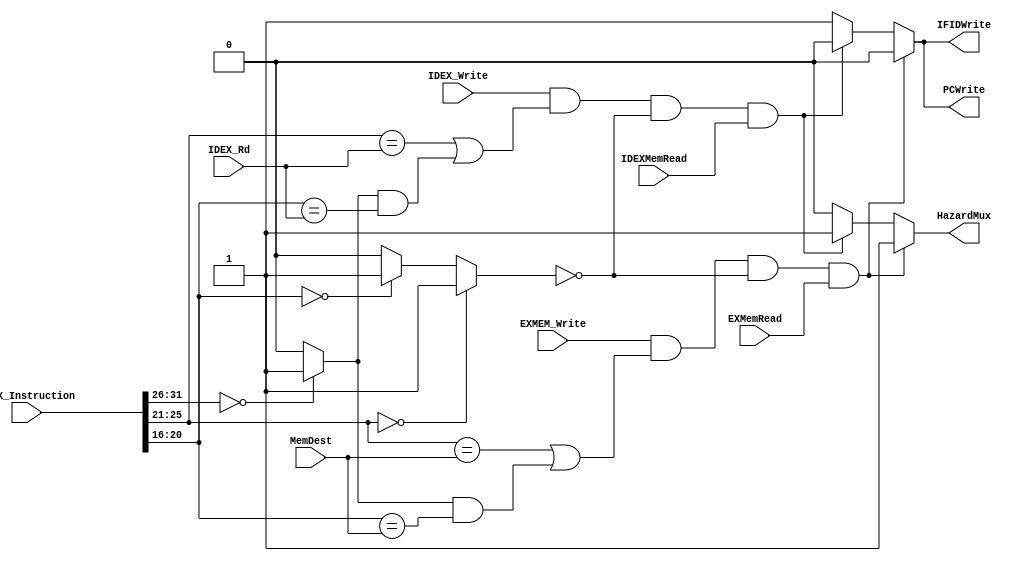
module hazardunit(IDEX_Instruction, IDEX_Rd, MemDest,IDEX_Write, EXMemRead, IDEXMemRead, EXMEM_Write, IFIDWrite,PCWrite,HazardMux);

    input [31:0] IDEX_Instruction;
    //input [4:0] IFID_Rs, IFID_Rt,
    input [4:0] IDEX_Rd,MemDest; //register destinations and Rs and Rt
    input IDEX_Write,EXMEM_Write; //Write select
    input EXMemRead, IDEXMemRead; 
	output reg	IFIDWrite, PCWrite, HazardMux;
    
    
    
    wire [4:0] IFID_Rs, IFID_Rt;
    
    wire [5:0] opcode;
    
    wire zeroflag, Rtype;
    
    assign IFID_Rs = IDEX_Instruction[25:21];
    assign IFID_Rt = IDEX_Instruction[20:16];
    assign opcode = IDEX_Instruction[31:26];
    assign Rtype = (opcode == 0) ? 1 : 0;
    
    
    

    
    
    reg IDEX_zero,MemDest_zero,one,two,true1,true2;
    
    
    assign zeroflag = (IFID_Rs == 5'd0) ? 1 : (IFID_Rt == 5'd0) ? 1 : 0; //if the source or target is register 0 then dont need to stall 
	
always @(*)	
//always @(IFID_Rs or IFID_Rt or IDEX_Rd or MemDest or IDEX_Write or EXMEM_Write)
begin  


    true2 = (EXMEM_Write == 1) && ( (IFID_Rs == MemDest) || ((Rtype && (IFID_Rt == MemDest)) ) )&& !zeroflag && EXMemRead;
    true1= (IDEX_Write == 1) && ((IFID_Rs == IDEX_Rd) || (Rtype && (IFID_Rt == IDEX_Rd) )) && !zeroflag;
  
    //if( (EXMEM_Write == 1) && ( (IFID_Rs == MemDest) || ((Rtype && (IFID_Rt == MemDest)) ) )&& !zeroflag ) begin //this is for the two ahead, checks if any of the Rs or Rt equal with MemDest and if write is set to high
    if( true2 ) begin  
        two = 1;
        one = 0;
        IFIDWrite <=1'b0;
        PCWrite <= 1'b0;
        HazardMux <= 1'b1;
    end 
    
    else if( (IDEX_Write == 1) && ((IFID_Rs == IDEX_Rd) || (Rtype && (IFID_Rt == IDEX_Rd) )) && !zeroflag && IDEXMemRead) begin //this is for the one ahead checks with Rs or Rt is equal to the next stage's Rt or Rd values
        two = 0;
        one = 1;
        IFIDWrite <=1'b0;
        PCWrite <= 1'b0;
        HazardMux <= 1'b1;
    end
    
    else begin
        two = 0;
        one = 0;
        IFIDWrite <=1'b1;
        PCWrite <= 1'b1;
        HazardMux <= 1'b0;
    end
    
    

end


endmodule